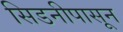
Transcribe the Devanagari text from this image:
सिडनीपासून